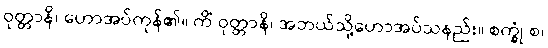
ဝုတ္တာနိ၊ ဟောအပ်ကုန်၏။ ကိံ ဝုတ္တာနိ၊ အဘယ်သို့ဟောအပ်သနည်း။ စက္ခုံ စ၊